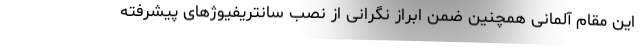
این مقام آلمانی همچنین ضمن ابراز نگرانی از نصب سانتریفیوژهای پیشرفته